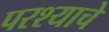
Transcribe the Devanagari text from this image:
परश्याचे